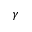
\gamma